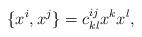
LaTeX: \begin{align*}\{x^i,x^j\} = c_{kl}^{ij}x^kx^l,\end{align*}